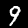
Label: 9